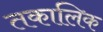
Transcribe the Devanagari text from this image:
तकालिक